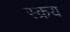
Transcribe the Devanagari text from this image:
स्क्रय